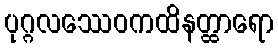
ပုဂ္ဂလဿေဝကထိနတ္ထာရော